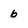
Character: 6